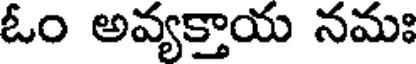
ఓం అవ్యక్తాయ నమః